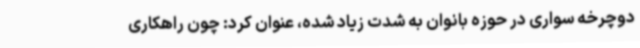
دوچرخه سواری در حوزه بانوان به شدت زیاد شده، عنوان کرد: چون راهکاری